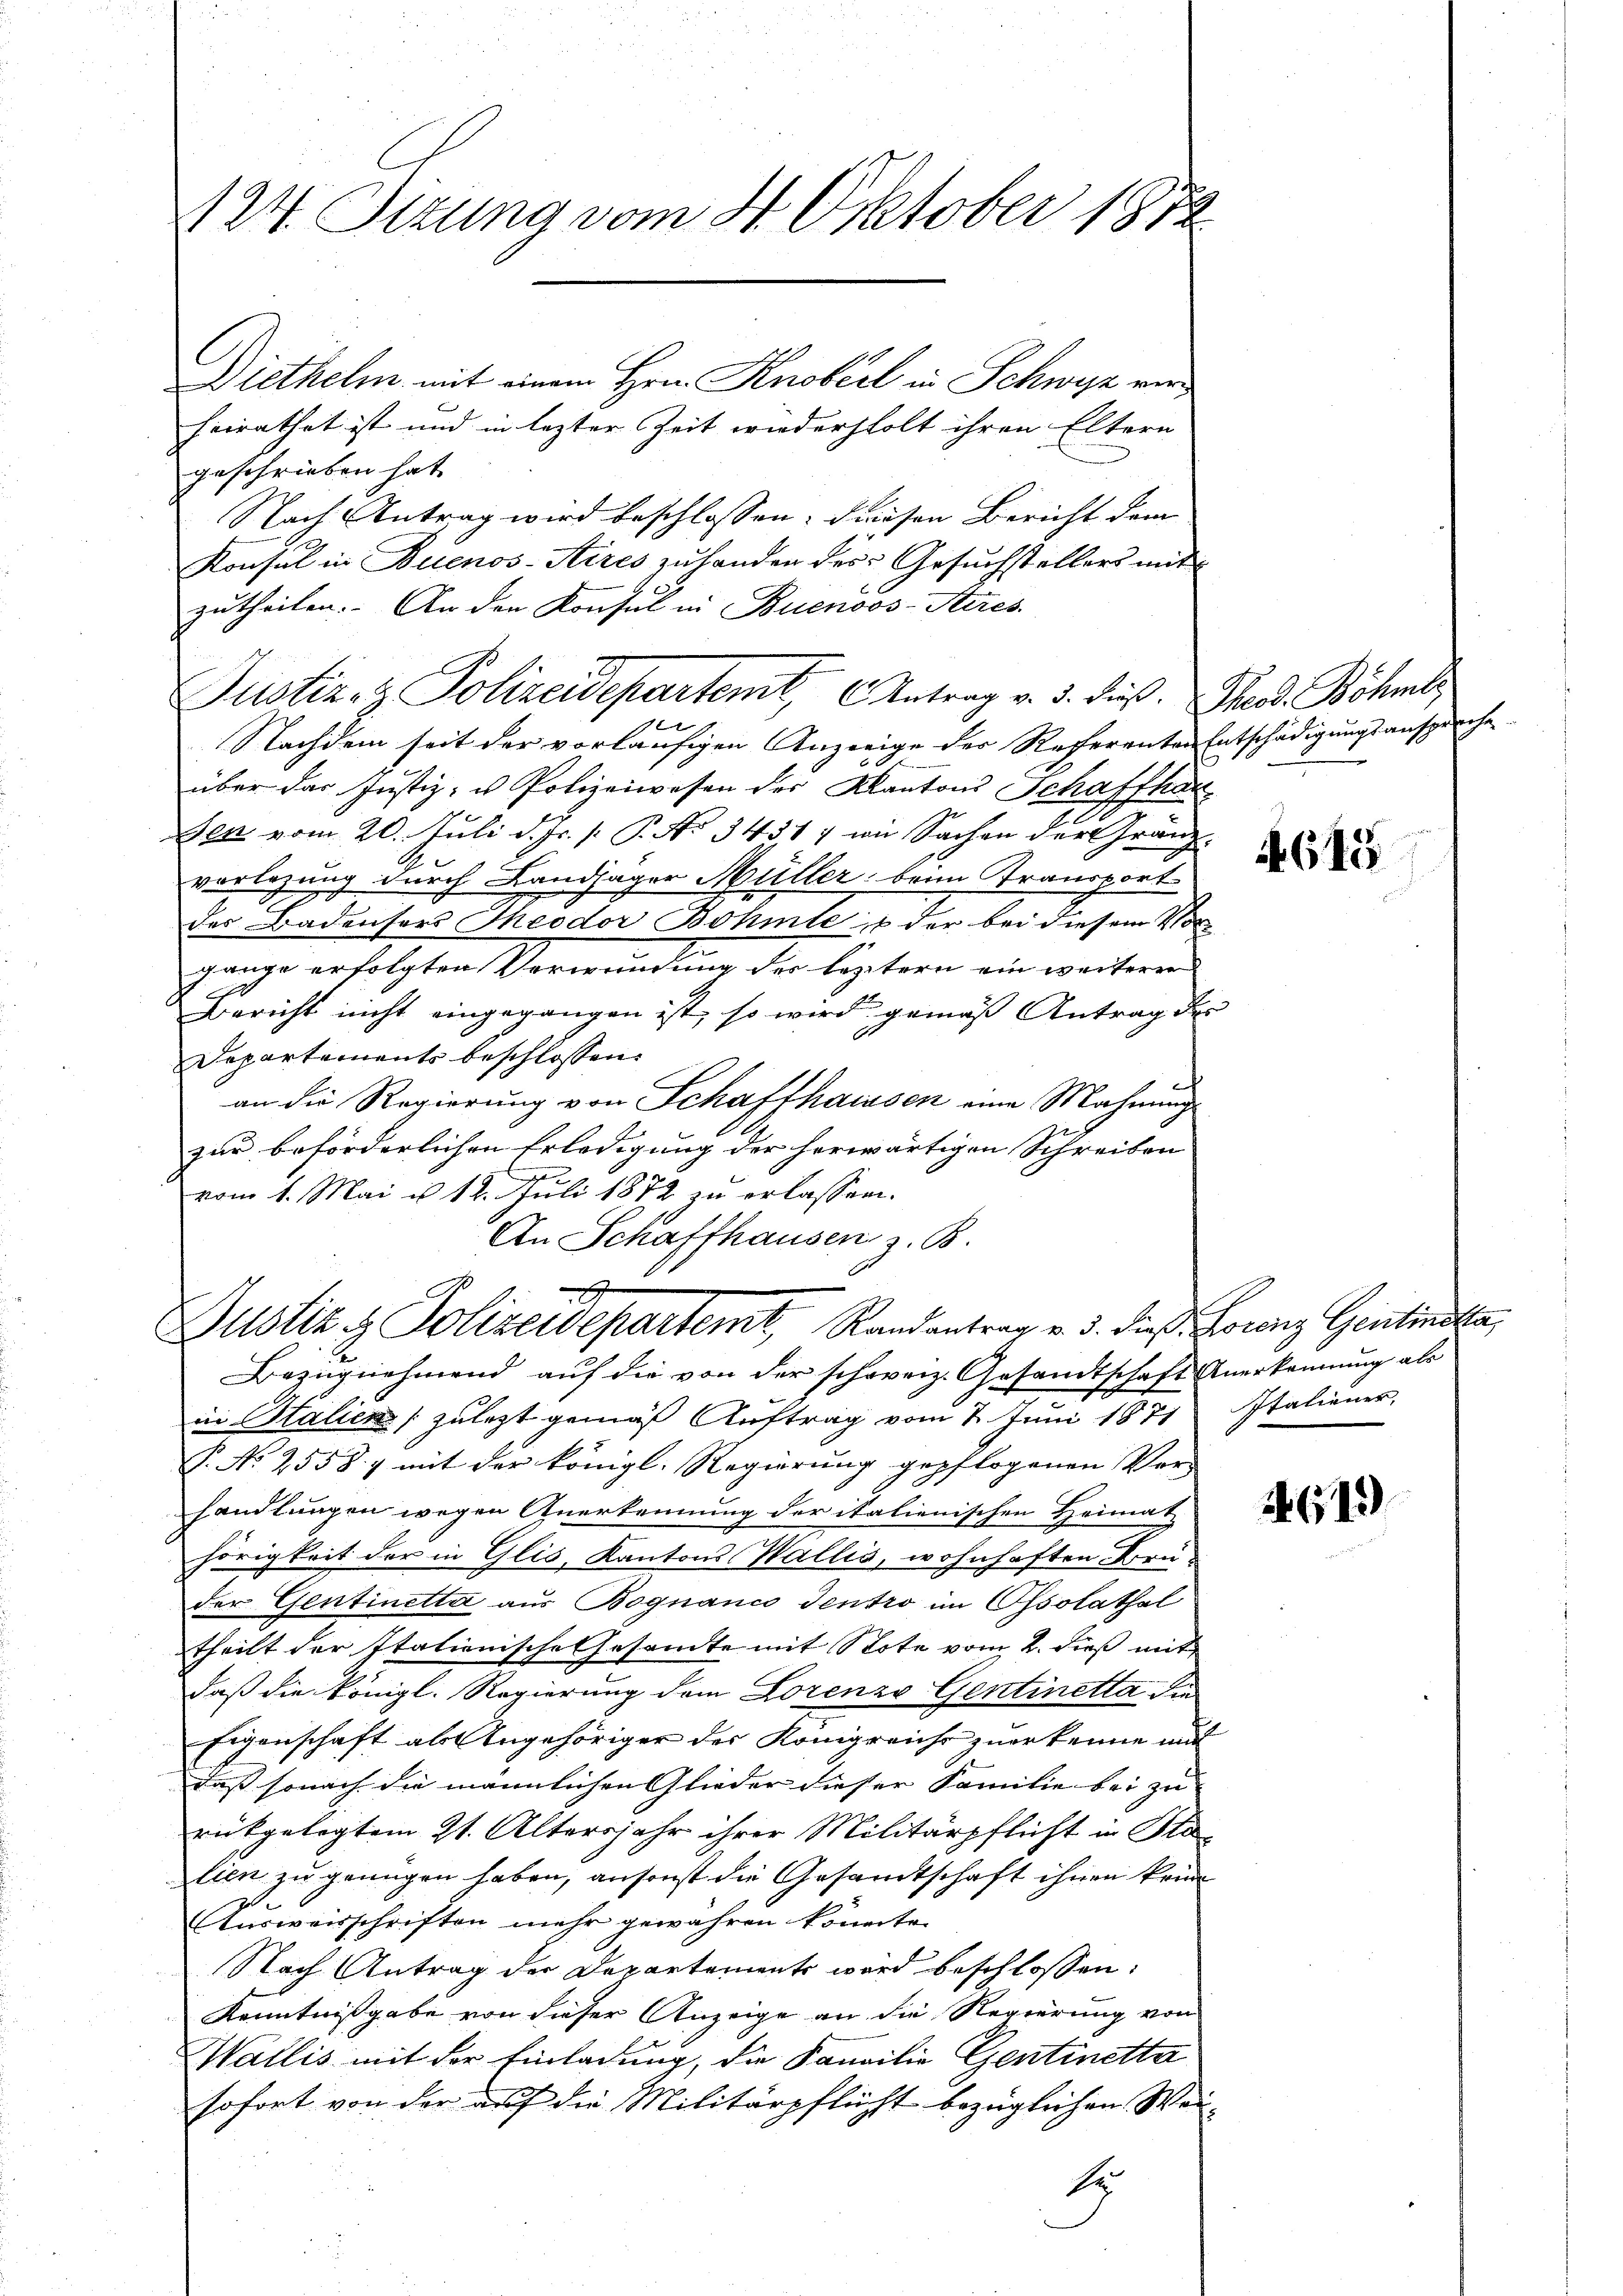
124. Sizung vom 4. Oktober 1872

Justiz- & Polizeidepartem Antrag v. 3. dieß. Theod. Böhml

Diethelm mit einem Hrn. Knobeel in Schwyz vorheirathet ist und in lezter Zeit wiederholt ihren Eltern
geschrieben hat.
Nach Antrag wird beschlossen: diesen Bericht dem
Konsul in Buenos-Aires zu handen des Gesuchstellers mit
zutheilen. An den Konsul in Buenoos-Steres
Nachdem seit der vorläufigen Anzeige der Referenten Entschädigungsanspruche
über das Justiz- u Polizeiwesen des Kantons Schaffhau
Den vom 20. Juli d. Js. v. P. No 3451, wie Sachen der Gränzvorlegung durch Landjäger Müller, beim Transport
der Badensers Theodor Böhmtes der bei diesem Vorgange erfolgten Verwendung der leztern ein weiterer
Bericht nicht eingegangen ist, so wird gemäß Antrag des
Departements beschlossen.
an die Regierung von Schaffhausen eine Mahnung
zur beförderlichen Erledigung der herwärtigen Schreiben |
vom 1. Mai u. 12. Juli 1872 zu erlassen.
An Schaffhausen z. B.
2
Justiz & Polizeidepartemt Randantrag v. 3. dieß. Lorenz Gentinotta,
Bezugnehmend auf die von der schweiz. Gesandtschaft Anerkennung als
in Italien zulezt gemäβ Aŭftrag vom 2. Juni 1871 Italiener,
P. No 2558. & mit der königl. Regierung gepflogenen Ver-
handlungen wegen Anerkennung der italienischen Heimat
hörigkeit der in Glis, Kantons Wallis, wohnhaften Bruder Gentinetta aus Bognanco Tentro im Ossolathal
theilt der Itationische Gesamte mit Stote vom 2. dieß mit
daß die Königl. Regierung dem Lorenze Gentinetta die
Eigenschaft als Angehöriger der Königreichs zuerkenne mit
daß sonach die männlichen Glieder dieser Familie bei zu
rükgelegtem 21. Altersjahr ihrer Militärpflicht in Stalien zu genügen haben, ansonst die Gesamtschaft ihnen kein
Ausweisschriften mehr gewähren könnte.
Nach Antrag der Departement wird beschlossen:
Kenntnißgabe von dieser Anzeige an die Regierung von
Wallis mit der Einladung, die Familie Gentinetta
sofort von der auf die Militärpflicht bezüglichen Wei¬
S

645

4619